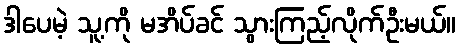
ဒါပေမဲ့ သူ့ကို မအိပ်ခင် သွားကြည့်လိုက်ဦးမယ်။